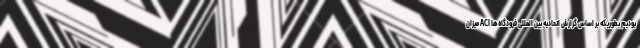
بودیم بطوریکه بر اساس گزارش اتحادیه بین المللی فرودگاه‌ها ACI میزان